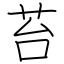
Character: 苔